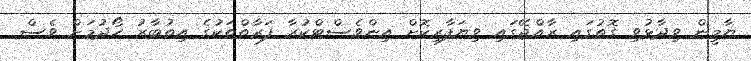
ޔާމީން ވިދާޅުވި ގޮތުގައި ރާއްޖޭގައި ވިޔަފާރިކޮށް އިންވެސްޓްކުރާ ފަރާތްތަކުގެ އިތުބާރު ހޯދުމަށް ވެސް